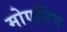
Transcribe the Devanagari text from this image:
मोएनिंग